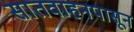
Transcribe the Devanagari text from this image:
सातवाहनपासून